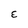
Character: E